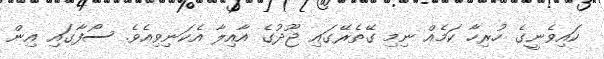
ކައިވެނީގެ ހުރިހާ ކަމެއް ނިމި ގޭތެރޭގައި ޖޫދުގެ އާއިލާ އެކަނިވިއެވެ. ސޯފާގައި އިން